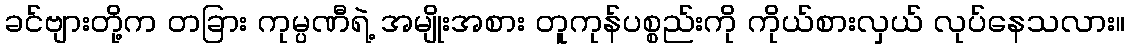
ခင်ဗျားတို့က တခြား ကုမ္ပဏီရဲ့ အမျိုးအစား တူကုန်ပစ္စည်းကို ကိုယ်စားလှယ် လုပ်နေသလား။